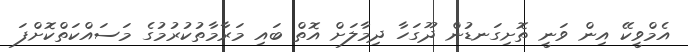
އެމްވީކޭ އިން ވަނީ ތޮށިގަނޑުން ދޫގަހާ ދިމާލަށް އޮތް ބައި މަރާމާތުކުރުމުގެ މަސައްކަތްކޮށްފަ